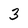
Character: 3